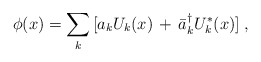
\begin{align*} \phi(x)=\sum_{k} \, [a_{k}U_k(x)\,+\,\bar{a}_k^{\dagger}U_k^{*}(x)] \;,\end{align*}